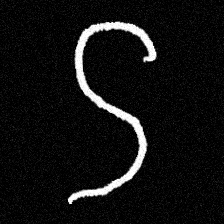
Pyu character \u2014 Myanmar letter: ဌ (romanized: ttha)